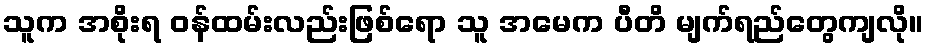
သူက အစိုးရ ဝန်ထမ်းလည်းဖြစ်ရော သူ အမေက ပီတိ မျက်ရည်တွေကျလို။